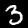
Digit: 3